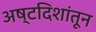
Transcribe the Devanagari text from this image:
अष्टदिशांतून